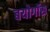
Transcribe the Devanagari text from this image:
बयोगॉस